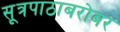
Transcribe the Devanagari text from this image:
सूत्रपाठाबरोबर